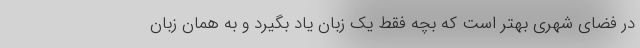
در فضای شهری بهتر است که بچه فقط یک زبان یاد بگیرد و به همان زبان